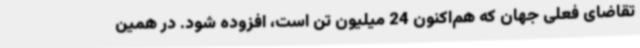
تقاضای فعلی جهان که هم‌اکنون 24 میلیون تن است، افزوده شود. در همین